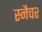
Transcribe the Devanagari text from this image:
स्नैचर